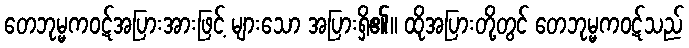
တေဘုမ္မကဝဋ်အပြားအားဖြင့် များသော အပြားရှိ၏။ ထိုအပြားတို့တွင် တေဘုမ္မကဝဋ်သည်